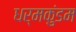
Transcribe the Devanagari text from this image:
धर्मकुंडम